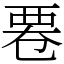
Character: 䙴